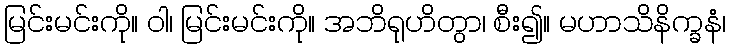
မြင်းမင်းကို။ ဝါ၊ မြင်းမင်းကို။ အဘိရုဟိတွာ၊ စီး၍။ မဟာသိနိက္ခနံ၊